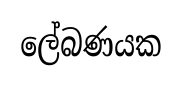
ලේබණයක